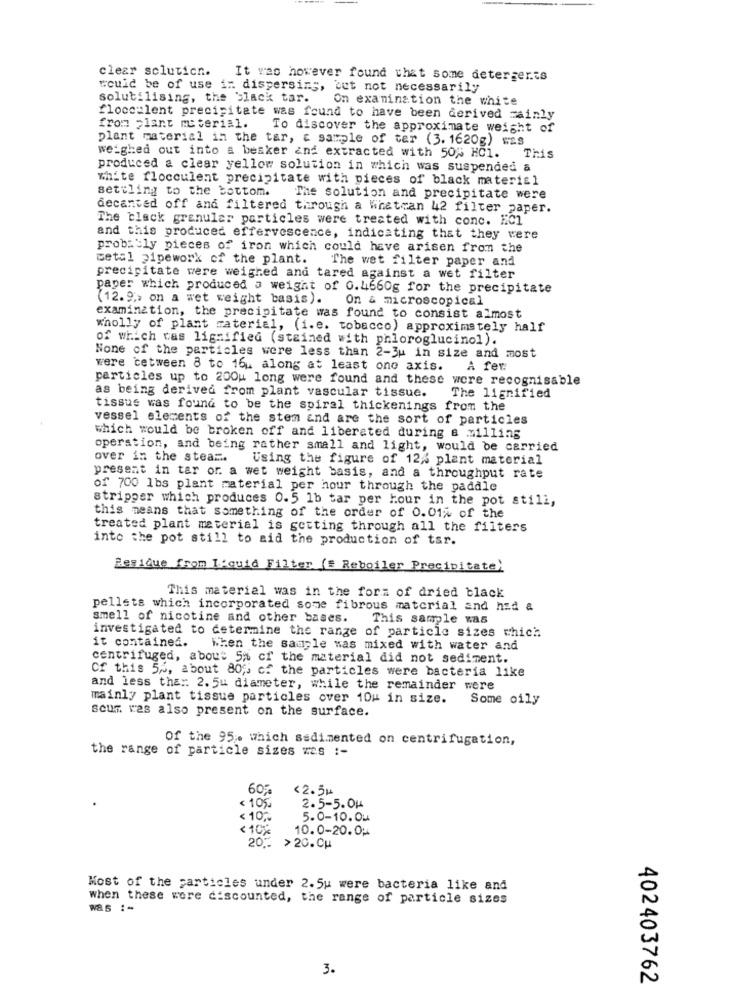
clear solution.
It was however found that somme deterger.is
would be of use in dispersing, but not necessarily
solutilising, the black tar.
On examination the white
floccalent precipitate was found to have been derived mainly
from plant material.
To discover the approximate weight of
plant material in the tar, & sample of ter (3.1620g) was
weighed out into a beaker and extracted with 50% HCl.
This
produced a clear yellow solution in which was suspended a
white flocculent precipitate with pieces of black material
settling to the bottom.
The solution and precipitate were
decanted off and filtered through a Whatcan 42 filter paper.
The black granular particles were treated with conc. EC1
and this produced effervescence, indicating that they were
probably pieces of iron which could have arisen from the
metal pipework of the plant.
The wet filter paper and
precipitate were weighed and tared against a wet filter
paper which produced a weight of 0.4660g for the precipitate
(12.9,> on a wet weight basis).
On & microscopical
examination, the precipitate was found to consist almost
wholly of plant material, (i.e. tobacco) approximately half
of which was lignified (stained with phloroglucinol).
None of the particles were less than 2-3u in size and most
were cetween 8 to 16u along at least one axis.
A fer
particles up to 200u long were found and these were recognisable
as being derived from plant vascular tissue.
The lignified
tissue was found to be the spiral thickenings from the
vessel elements of the stem and are the sort of particles
which would be broken off and liberated during & #illing
operation, and being rather small and light, would be carried
over in the steam ..
Using the figure of 12% plant material
present in tar or. a wet weight basis, and a throughput rate
of 700 1bs plant material per hour through the paddle
stripper which produces 0.5 1b tar per hour in the pot stili,
this means that something of the order of 0.01% of the
treated plant material is getting through all the filters
into the pot still to aid the production of tar.
Residue from Liquid Filter (# Reboiler Precipitate)
This material was in the form of dried black
pellets which incorporated some fibrous material and had a
smell of nicotine and other bases.
This sample was
it contained.
investigated to determine the range of particle sizes which
When the sample was mixed with water and
centrifuged, about 5% of the material did not sediment.
Cf this 5%, about 80 ,, of the particles were bacteria like
and less the :: 2. 5u diameter, while the remainder were
mainly plant tissue particles over 10H in size.
Some oily
scum res also present on the surface.
Of the 95. which sedimented on centrifugation,
the range of particle sizes was :-
60%
<2.5M
< 105.
2.5-5.OH
<10%%
5.0-10. Ou
< 10%
10.0-20.0u
20%
>20.CH
Most of the particles under 2.5u were bacteria like and
when these were discounted, the range of particle sizes
3.
402403762